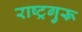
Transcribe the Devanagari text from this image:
राष्ट्रगुरू